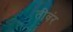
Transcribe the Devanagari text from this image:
तीवंर